Annual report on the lock hospitals of the Madras Presidency
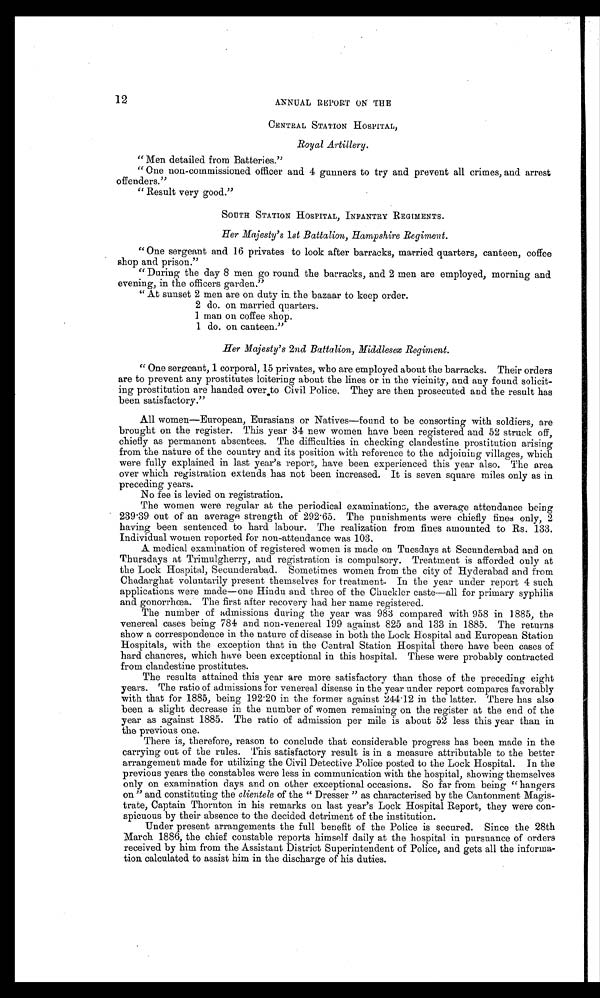
12
ANNUAL REPORT ON THE
CENTRAL STATION HOSPITAL,
Royal Artillery.
"Men detailed from Batteries."
"One non-commissioned officer and 4 gunners to try and prevent all crimes, and arrest
offenders."
"Result very good."
SOUTH STATION HOSPITAL, INFANTRY REGIMENTS.
Her Majesty's 1st Battalion, Hampshire Regiment.
"One sergeant and 16 privates to look after barracks, married quarters, canteen, coffee
shop and prison."
"During the day 8 men go round the barracks, and 2 men are employed, morning and
evening, in the officers garden."
"At sunset 2 men are on duty in. the bazaar to keep order.
2 do. on married quarters.
1 man on coffee shop.
1 do. on canteen."
Her Majesty's 2nd Battalion, Middlesex Regiment.
" One sergeant, 1 corporal, 15 privates, who are employed about the barracks. Their orders
are to prevent any prostitutes loitering about the lines or in the vicinity, and any found solicit-
ing prostitution are handed over to Civil Police. They are then prosecuted and the result has
been satisfactory."
All women—European, Eurasians or Natives—found to be consorting with soldiers, are
brought on the register. This year 34 new women have been registered and 52 struck off,
chiefly as permanent absentees. The difficulties in checking clandestine prostitution arising
from the nature of the country and its position with reference to the adjoining villages, which
were fully explained in last year's report, have been experienced this year also. The area
over which registration extends has not been increased. It is seven square miles only as in
preceding years.
No fee is levied on registration.
The women were regular at the periodical examinations, the average attendance being
239.39 out of an average strength of 292.65. The punishments were chiefly fines only, 2
having been sentenced to hard labour. The realization from fines amounted to Rs. 133.
Individual women reported for non-attendance was 103.
A medical examination of registered women is made on Tuesdays at Secunderabad and on
Thursdays at Trimulgherry, and registration is compulsory. Treatment is afforded only at
the Lock Hospital, Secunderabad. Sometimes women from the city of Hyderabad and from
Chadarghat voluntarily present themselves for treatment. In the year under report 4 such
applications were made—one Hindu and three of the Chuckler caste—all for primary syphilis
and gonorrhœa. The first after recovery had her name registered.
The number of admissions during the year was 983 compared with 958 in 1885, the
venereal cases being 784 and non-venereal 199 against 825 and 133 in 1885. The returns
show a correspondence in the nature of disease in both the Lock Hospital and European Station
Hospitals, with the exception that in the Central Station Hospital there have been cases of
hard chancres, which have been exceptional in this hospital. These were probably contracted
from clandestine prostitutes.
The results attained this year are more satisfactory than those of the preceding eight
years. The ratio of admissions for venereal disease in the year under report compares favorably
with that for 1885, being 192.20 in the former against 244.12 in the latter. There has also
been a slight decrease in the number of women remaining on the register at the end of the
year as against 1885. The ratio of admission per mile is about 52 less this year than in
the previous one.
There is, therefore, reason to conclude that considerable progress has been made in the
carrying out of the rules. This satisfactory result is in a measure attributable to the better
arrangement made for utilizing the Civil Detective Police posted to the Lock Hospital. In the
previous years the constables were less in communication with the hospital, showing themselves
only on examination days and on other exceptional occasions. So far from being "hangers
on" and constituting the clientele of the "Dresser" as characterised by the Cantonment Magis-
trate, Captain Thornton in his remarks on last year's Lock Hospital Report, they were con-
spicuous by their absence to the decided detriment of the institution.
Under present arrangements the full benefit of the Police is secured. Since the 28th
March 1886, the chief constable reports himself daily at the hospital in pursuance of orders
received by him from the Assistant District Superintendent of Police, and gets all the informa-
tion calculated to assist him in the discharge of his duties.